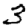
Digit: 3